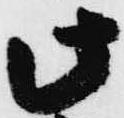
此